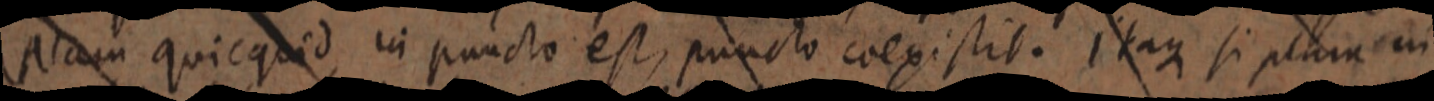
Nam quicquid in puncto est, puncto coexistit. Itaque si plura in